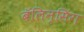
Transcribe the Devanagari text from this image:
बॅलिन्सिंग